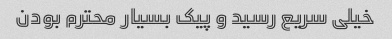
خیلی سریع رسید و پیک بسیار محترم بودن